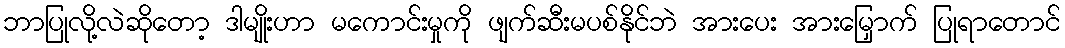
ဘာပြုလို့လဲဆိုတော့ ဒါမျိုးဟာ မကောင်းမှုကို ဖျက်ဆီးမပစ်နိုင်ဘဲ အားပေး အားမြှောက် ပြုရာတောင်